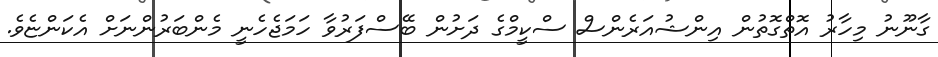
ގާނޫނު މިހާރު އޮތްގޮތުން އިންޝުއަރެންސް ސްކީމްގެ ދަށުން ބޭސްފަރުވާ ހަމަޖެހެނީ މެންބަރުންނަށް އެކަންޏެވެ.